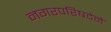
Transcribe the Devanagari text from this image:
नगरपरिषदेने